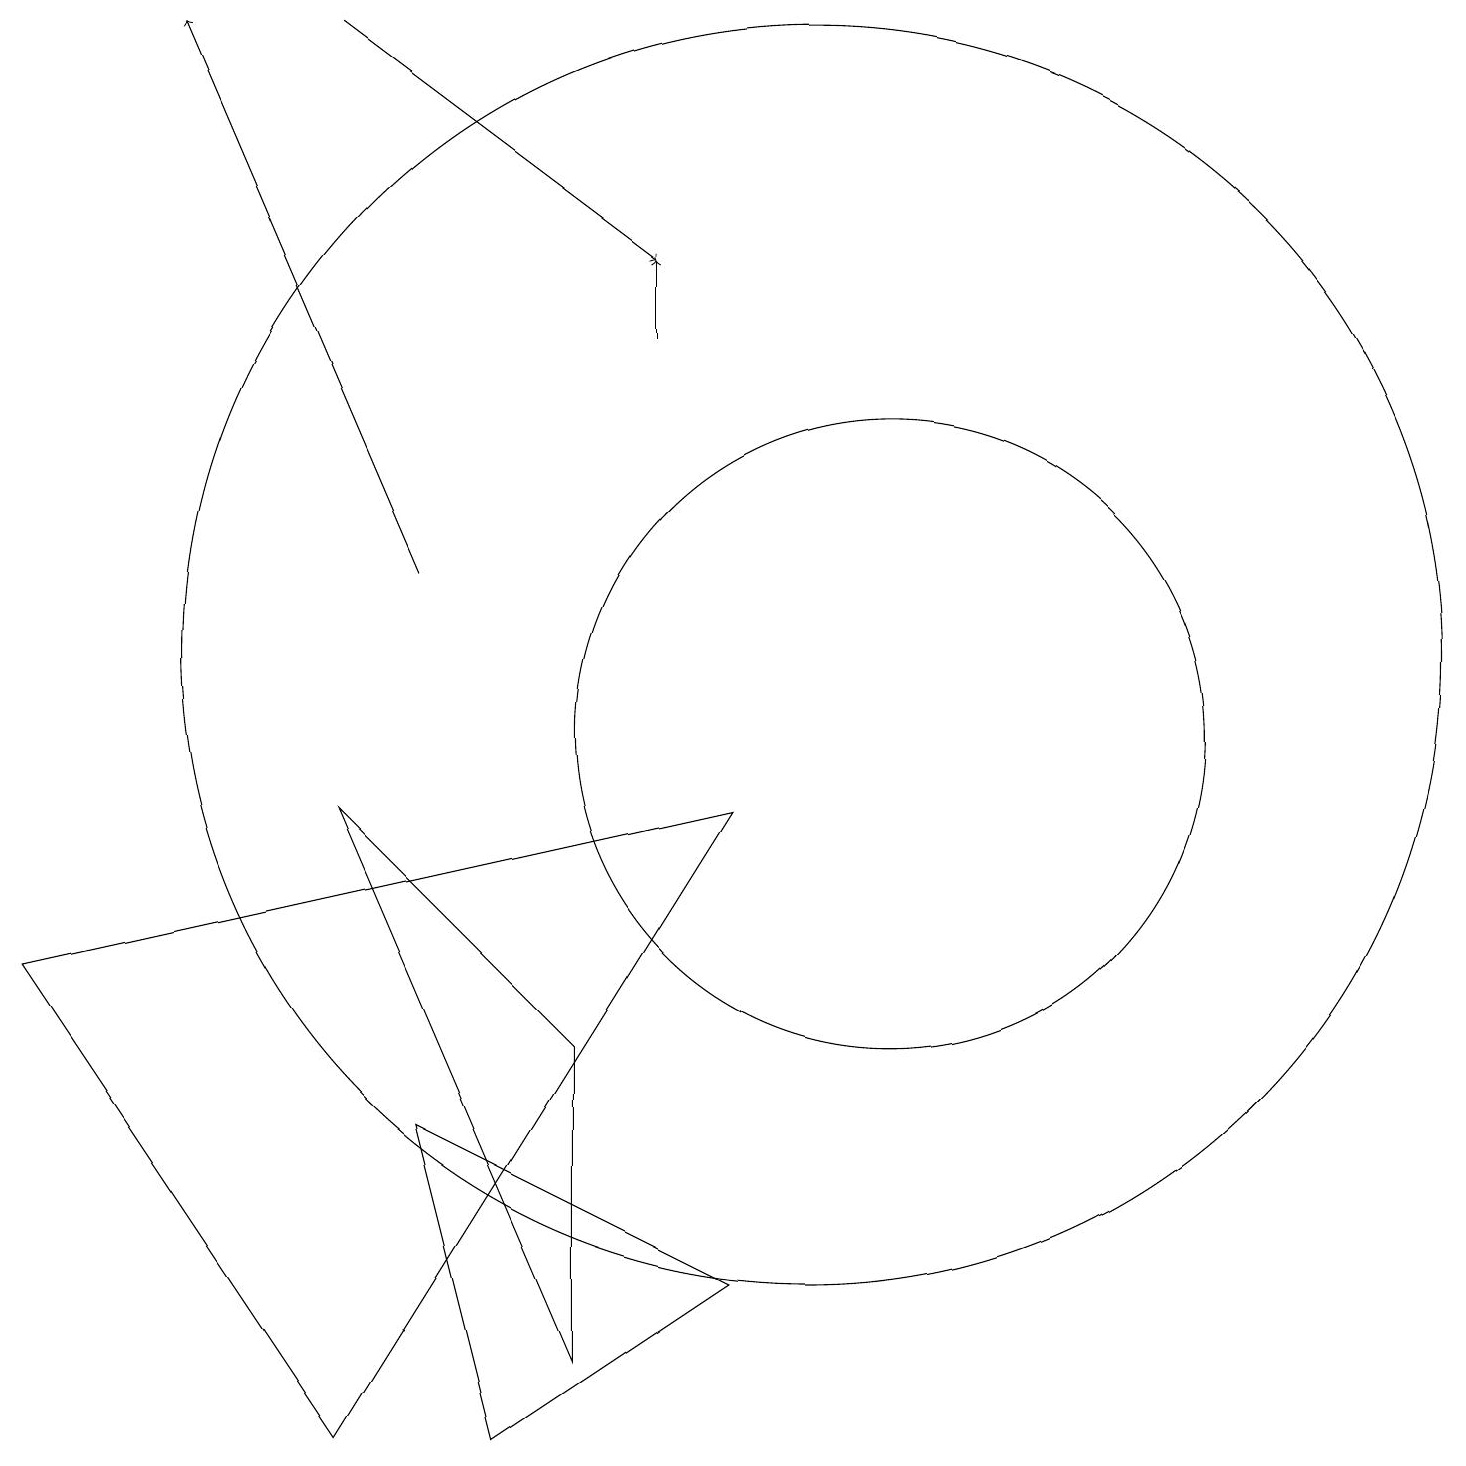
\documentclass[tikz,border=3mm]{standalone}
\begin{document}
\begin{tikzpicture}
\draw (10,11) circle (8);
\draw[->] (4,19) -- (8,16);
\draw (11,10) circle (4);
\draw[->] (5,12) -- (2,19);
\draw (0,7) -- (9,9) -- (4,1) -- cycle;
\draw[->] (8,15) -- (8,16);
\draw (5,5) -- (9,3) -- (6,1) -- cycle;
\draw (7,6) -- (4,9) -- (7,2) -- cycle;
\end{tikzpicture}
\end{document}